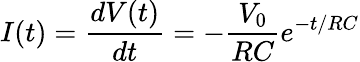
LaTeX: I(t)=\frac{dV(t)}{dt}=-\frac{V_{0}}{RC}e^{-t/RC}